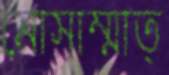
মোসাম্মাত্